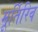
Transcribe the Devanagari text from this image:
मूर्तिरिव